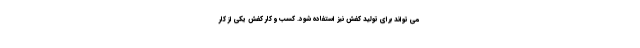
می تواند برای تولید کفش نیز استفاده شود. کسب و کار کفش یکی از کار